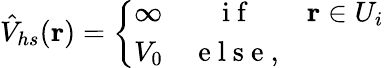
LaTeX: \hat{V}_{hs}(\mathbf{r})=\left\{ \begin{array}{lcc}{\infty}&{\mathrm{~i~f~}}&{\mathbf{r}\in U_{i}}\\ {V_{0}}&{\mathrm{~e~l~s~e~},}\end{array}\right.